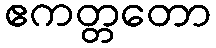
ဧကတ္တတော